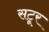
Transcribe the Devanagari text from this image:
सटूर